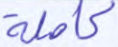
كاملة